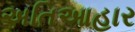
અતિઆહાર